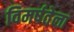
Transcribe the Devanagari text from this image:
विमर्षतेला